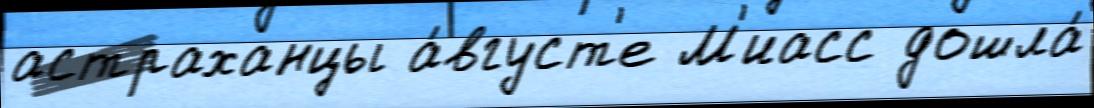
астраханцы а́вгуст'е М'иасс дошла́